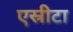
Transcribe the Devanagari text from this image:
एस्रीटा